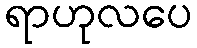
ရာဟုလပေ